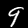
Label: 9